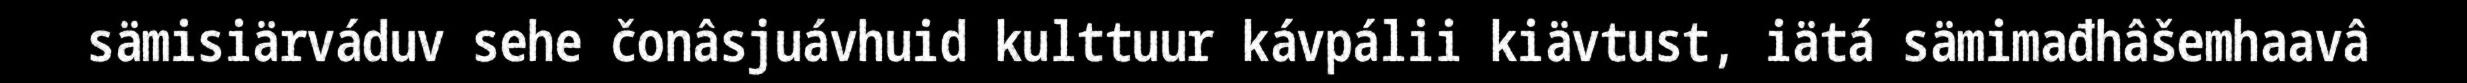
sämisiärváduv sehe čonâsjuávhuid kulttuur kávpálii kiävtust, iätá sämimađhâšemhaavâ